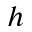
h